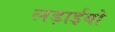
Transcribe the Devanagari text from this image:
लड़ाईयो